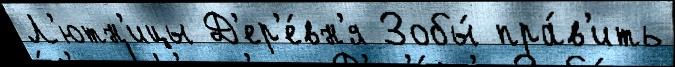
Л'ютн'ицы Д'ер'е́вн'я Зобы́ пра́в'ить